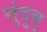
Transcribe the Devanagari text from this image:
सुंदुबु